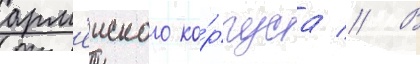
арм'еиского ко́рпуса // В